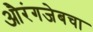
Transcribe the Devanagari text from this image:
औरंगजेबचा